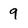
Character: 9